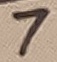
Text: 7